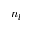
n _ { l }